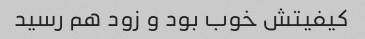
کیفیتش خوب بود و زود هم رسید